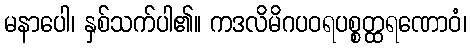
မနာပေါ၊ နှစ်သက်ပါ၏။ ကဒလိမိဂပဝရပစ္စတ္ထရဏောဝံ၊